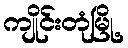
ကျိုင်းတုံမြို့